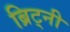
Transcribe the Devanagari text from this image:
ब्रिट्नी